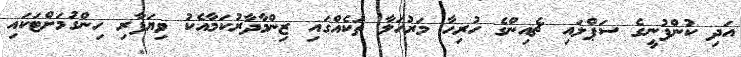
އަދި ކުންފުނީގެ ސަޕްލައި ޗެއިންގެ ހުރިހާ މަރުހަލާ ތަކެއްގައި ޒިންމާދާރުކަމާއެކު ވިޔަފާރި ހިންގުމަށްޓަކައި